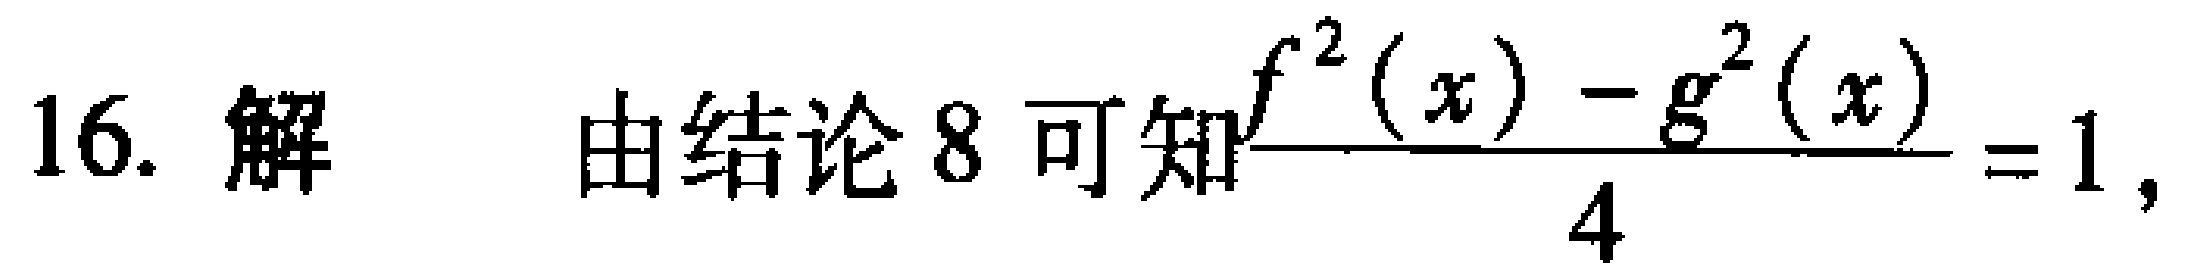
16. 解 由结论 8 可知$\frac{f^{2}(x)-g^{2}(x)}{4}=1$，